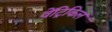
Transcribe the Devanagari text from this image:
वेंट्रिकिल